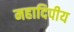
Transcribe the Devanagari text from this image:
महादिपीय